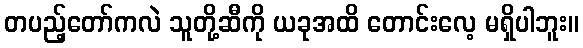
တပည့်တော်ကလဲ သူတို့ဆီကို ယခုအထိ တောင်းလေ့ မရှိပါဘူး။